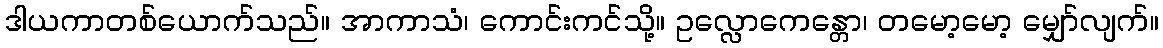
ဒါယကာတစ်ယောက်သည်။ အာကာသံ၊ ကောင်းကင်သို့။ ဥလ္လောကေန္တော၊ တမော့မော့ မျှော်လျက်။